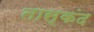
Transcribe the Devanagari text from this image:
तास्कंद